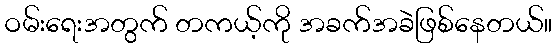
ဝမ်းရေးအတွက် တကယ့်ကို အခက်အခဲဖြစ်နေတယ်။